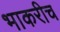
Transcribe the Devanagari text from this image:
भाकरीच